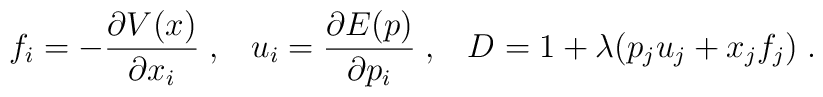
f_i = - \frac{\partial V(x)}{\partial x_i} \; , \; \; \; u_i = \frac{\partial E(p)}{\partial p_i} \; , \; \; \; D = 1 + \lambda (p_j u_j + x_j f_j) \; .